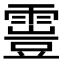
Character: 𩄟